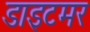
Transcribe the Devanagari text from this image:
डाइटमर